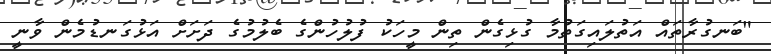
"ބަނގުރާތައް އަތުލައިގަތުމާ ގުޅިގެން ތިން މީހަކު ފުލުހުންގެ ބެލުމުގެ ދަށަށް އަޅުގަނޑުމެން ވާނީ